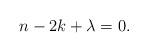
LaTeX: \begin{align*} n - 2k + \lambda = 0.\end{align*}